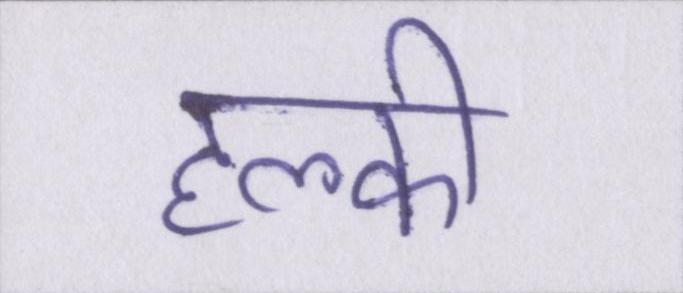
हल्की